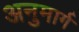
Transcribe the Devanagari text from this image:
अनुमार्ग